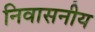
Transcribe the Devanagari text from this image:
निवासनीय